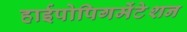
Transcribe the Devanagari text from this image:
हाईपोपिगमेंटेशन